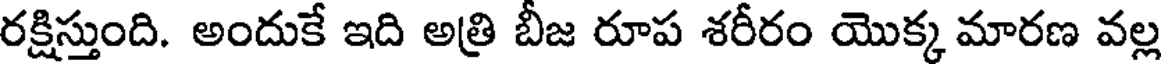
రక్షిస్తుంది. అందుకే ఇది అత్రి బీజ రూప శరీరం యొక్క మారణ వల్ల